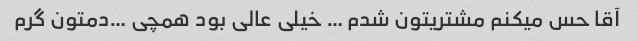
آقا حس میکنم مشتریتون شدم … خیلی عالی بود همچی …دمتون گرم